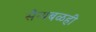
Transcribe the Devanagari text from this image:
सैन्यबळही